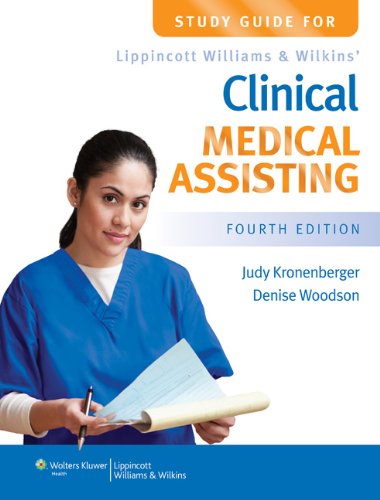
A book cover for Study Guide for Lippincott Williams & Wilkins' Clinical Medical Assisting; Judy Kronenberger PhD  RN  CMA(AAMA); Medical Books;